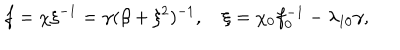
f = \chi \xi ^ { - 1 } = \gamma ( \beta + \xi ^ { 2 } ) ^ { - 1 } , \quad \xi = \chi _ { 0 } f _ { 0 } ^ { - 1 } - \lambda _ { 1 0 } \gamma ,